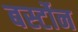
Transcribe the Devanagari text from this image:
बर्स्टोन